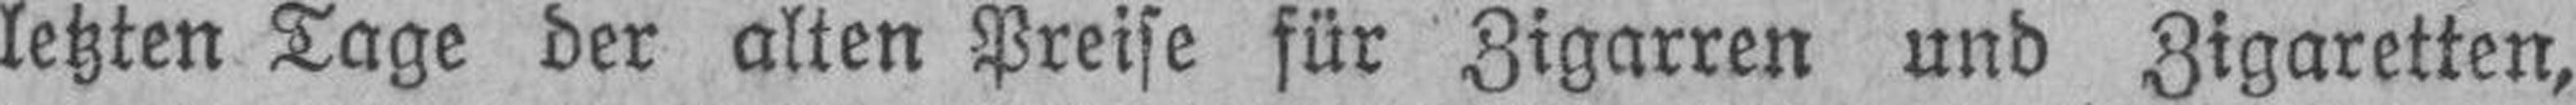
letzten Tage der alten Preise für Zigarren und Zigaretten,